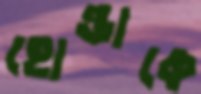
হোন্ডাকে